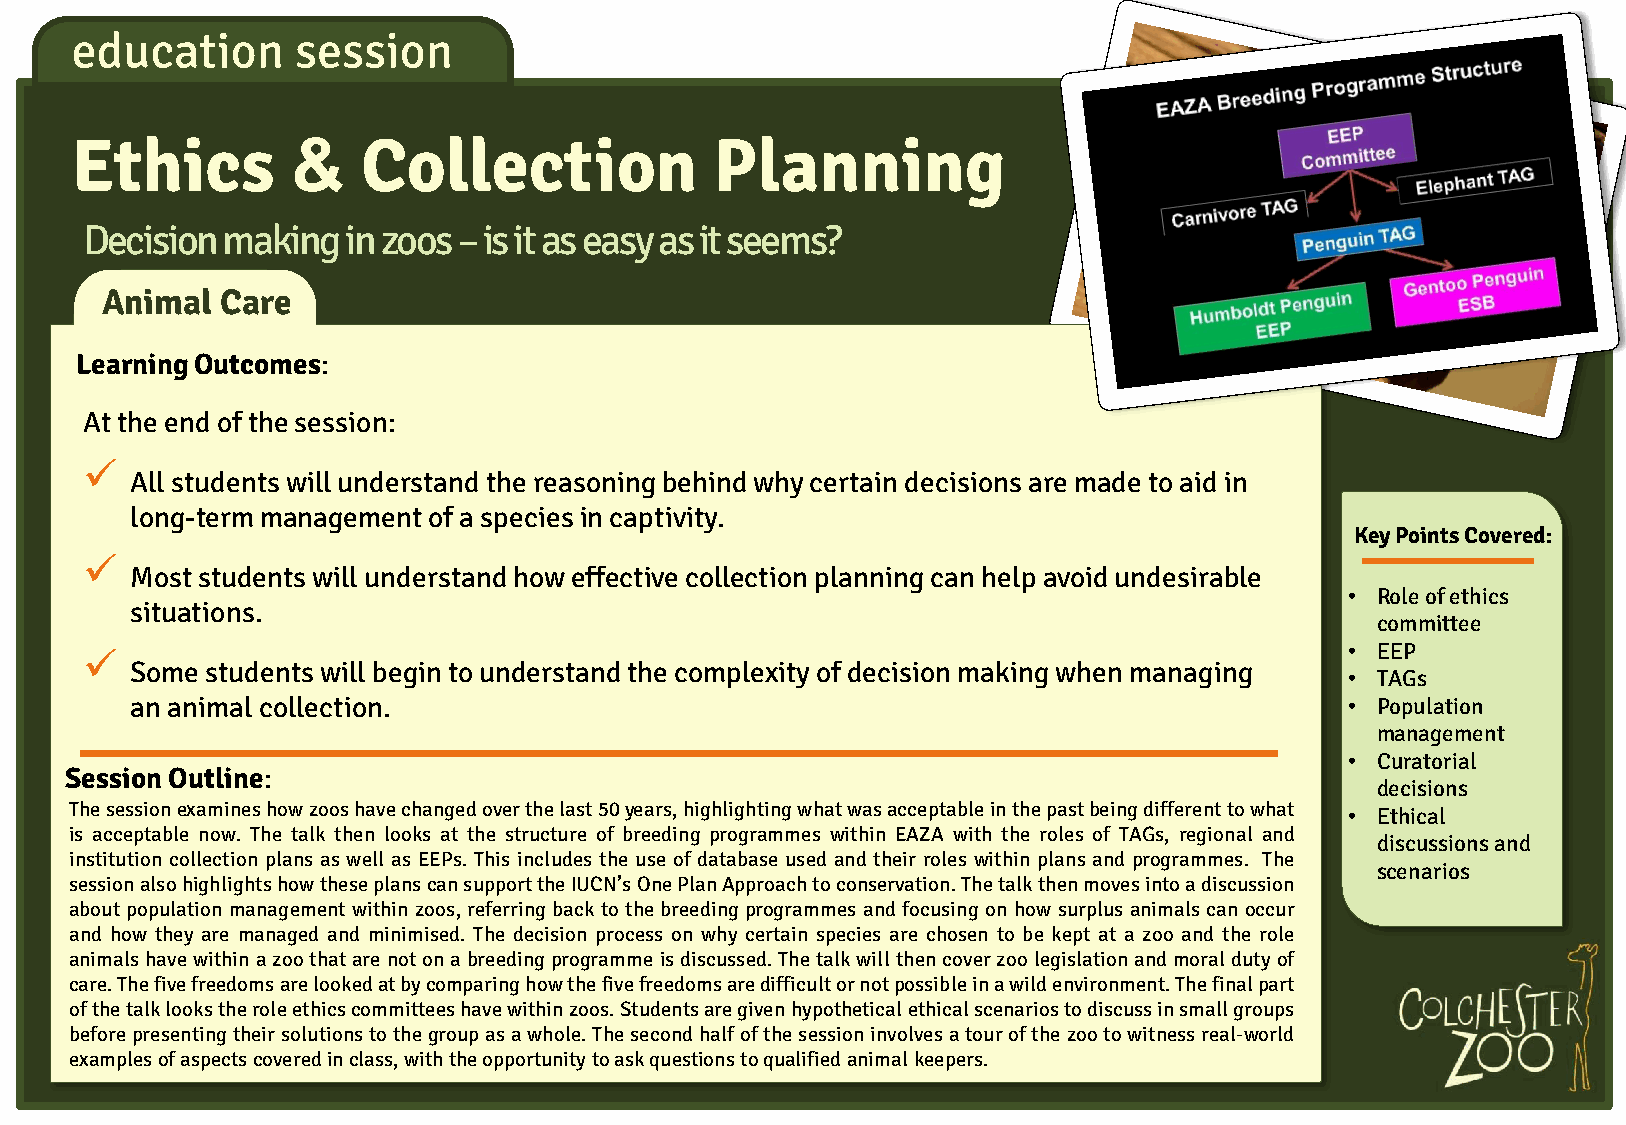
education      session
 &
 Ethics             Collection             Planning
 Decision making  in zoos – is it as easy as it seems?
 Animal  Care
 Learning Outcomes:
 At the end of the session:
 
 All students will understand the reasoning behind why certain decisions are made to aid in
 long-term management of a species in captivity.
 Key Points Covered:
 
 Most students will understand how effective collection planning can help avoid undesirable
 • Role of ethics
 situations.
 committee
                                                                                   • EEP
 Some students will begin to understand the complexity of decision making when managing
 • TAGs
 an animal collection.                                                           • Population
 management
 • Curatorial
 Session Outline:
 decisions
 The session examines how zoos have changed over the last 50 years, highlighting what was acceptable in the past being different to what • Ethical
 is acceptable now. The talk then looks at the structure of breeding programmes within EAZA with the roles of TAGs, regional and
 discussions and
 institution collection plans as well as EEPs. This includes the use of database used and their roles within plans and programmes. The
 scenarios
 session also highlights how these plans can support the IUCN’s One Plan Approach to conservation. The talk then moves into a discussion
 about population management within zoos, referring back to the breeding programmes and focusing on how surplus animals can occur
 and how they are managed and minimised. The decision process on why certain species are chosen to be kept at a zoo and the role
 animals have within a zoo that are not on a breeding programme is discussed. The talk will then cover zoo legislation and moral duty of
 care. The five freedoms are looked at by comparing how the five freedoms are difficult or not possible in a wild environment. The final part
 of the talk looks the role ethics committees have within zoos. Students are given hypothetical ethical scenarios to discuss in small groups
 before presenting their solutions to the group as a whole. The second half of the session involves a tour of the zoo to witness real-world
 examples of aspects covered in class, with the opportunity to ask questions to qualified animal keepers.